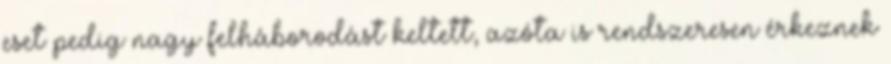
eset pedig nagy felháborodást keltett, azóta is rendszeresen érkeznek